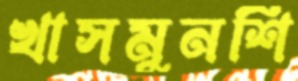
খাসমুনশি